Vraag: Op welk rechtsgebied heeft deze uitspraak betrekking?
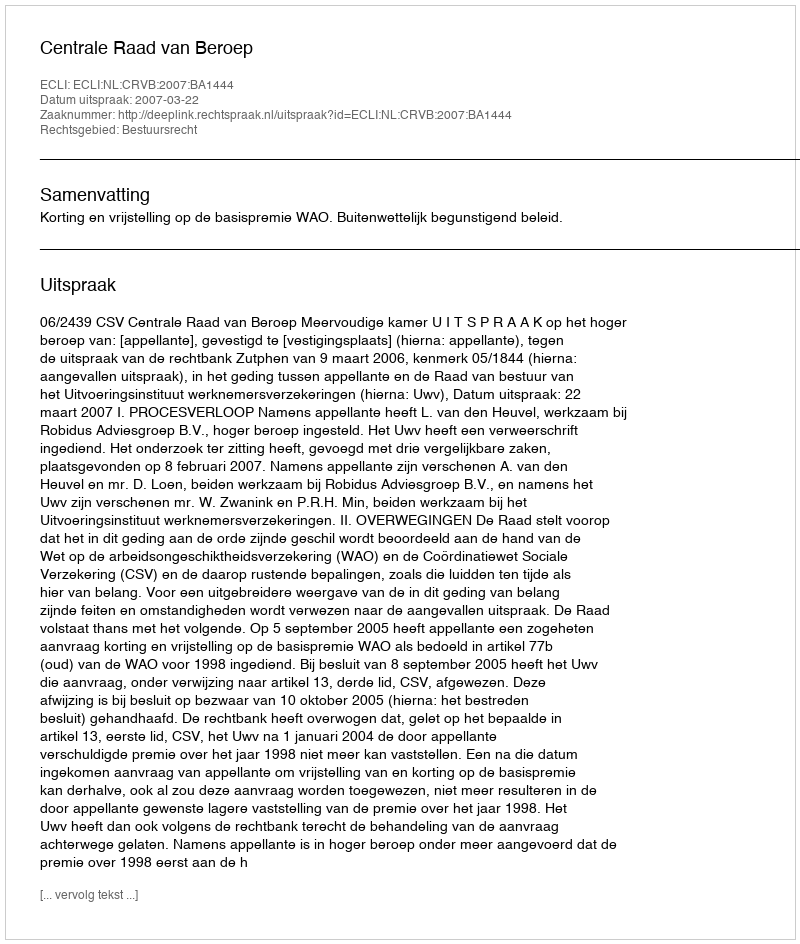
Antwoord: Bestuursrecht